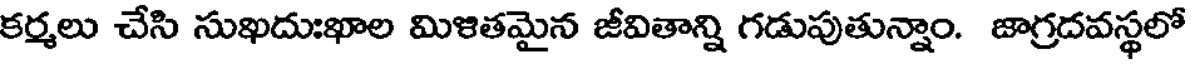
కర్మలు చేసి సుఖదుఃఖాల మిళితమైన జీవితాన్ని గడుపుతున్నాం. జాగ్రదవస్థలో